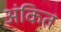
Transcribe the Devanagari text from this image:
अंकित